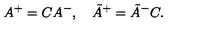
A ^ { + } = C A ^ { - } , \quad \tilde { A } ^ { + } = \tilde { A } ^ { - } C .